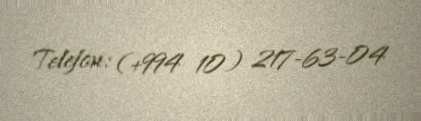
Telefon: (+994 10) 217-63-04